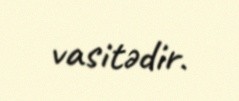
vasitədir.